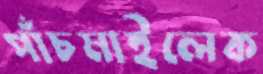
পাঁচমাইলেক